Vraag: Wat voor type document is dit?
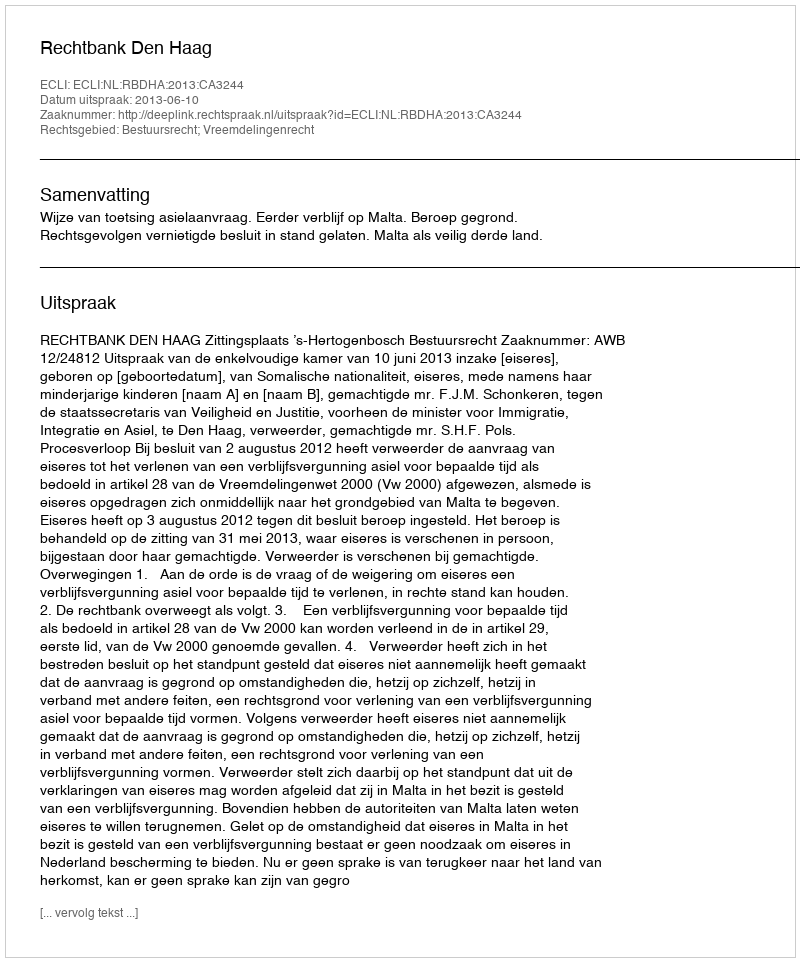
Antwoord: Uitspraak